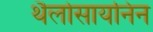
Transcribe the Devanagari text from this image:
थैलोसायनिन